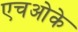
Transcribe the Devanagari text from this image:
एचओके